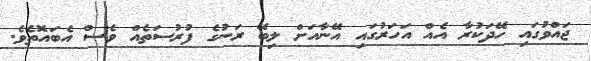
ޖައްވުގައި ހޭދަކުރާ އެއް އަހަރުގައި އޭނާއަށް ލިބޭ ރަނުގެ ފުރުސަތެއް ވެސް އެބައޮތެވެ.